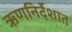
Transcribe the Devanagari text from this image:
ऋणनिर्देशात